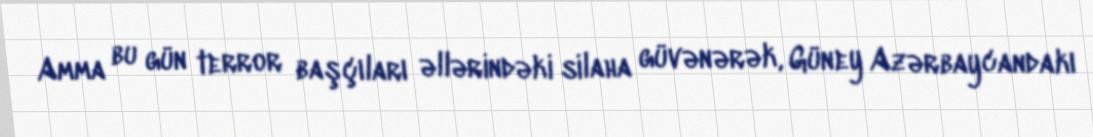
Amma bu gün terror başçıları əllərindəki silaha güvənərək, Güney Azərbaycandakı